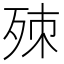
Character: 𣨁